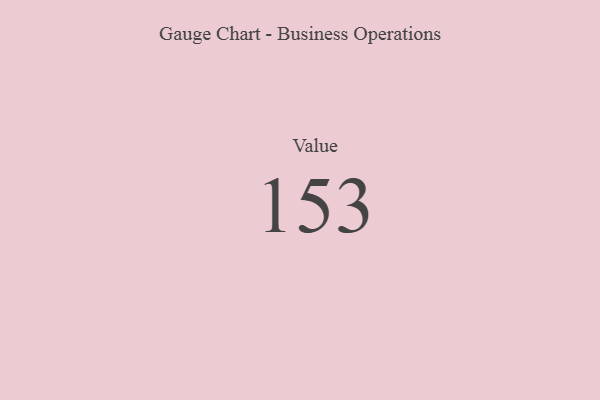
{"axis": {"x": "Metric", "y": "Value"}, "legend": [""], "data": [{"x": "Value", "y": 153, "type": ""}]}